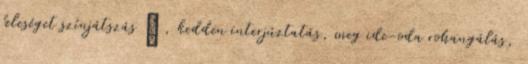
feleséget színjátszás ♥ , kedden interjúztatás, meg ide-oda rohangálás,